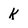
Character: K